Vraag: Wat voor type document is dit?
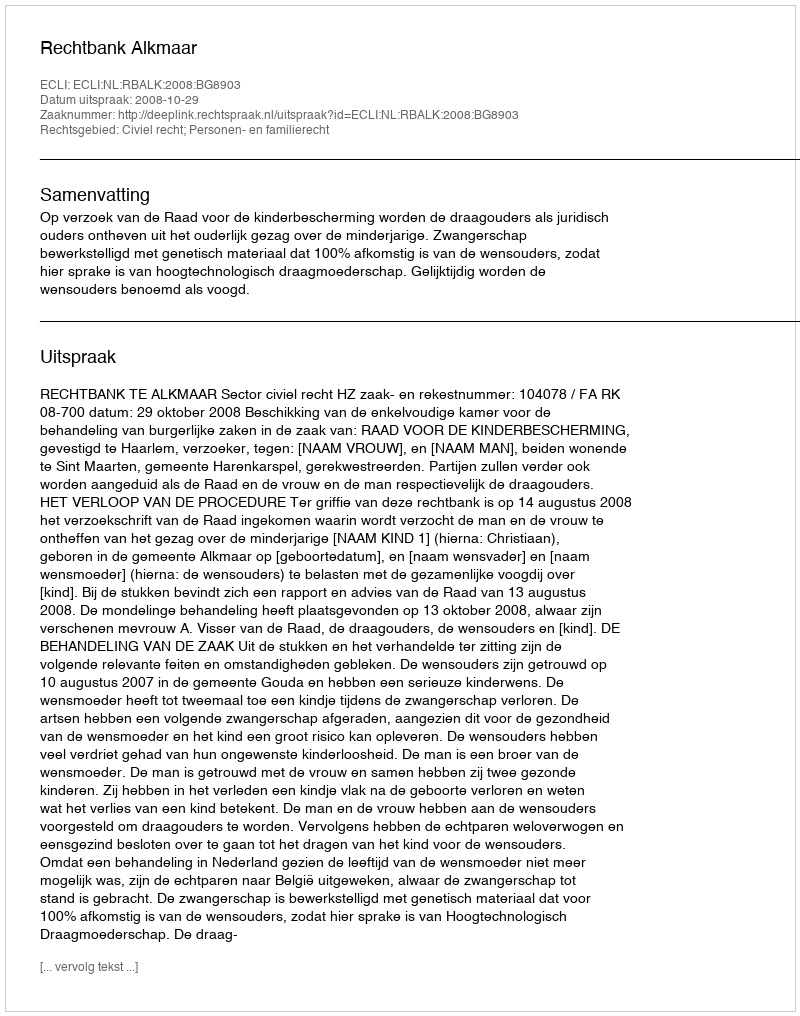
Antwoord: Uitspraak